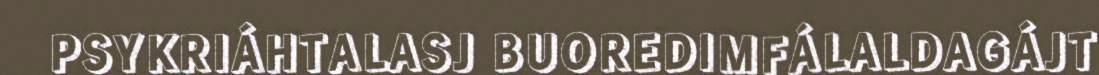
PSYKRIÁHTALASJ BUOREDIMFÁLALDAGÁJT